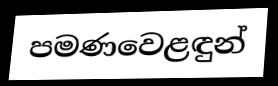
පමණවෙළඳුන්